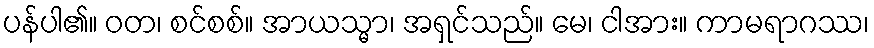
ပန်ပါ၏။ ဝတ၊ စင်စစ်။ အာယသ္မာ၊ အရှင်သည်။ မေ၊ ငါအား။ ကာမရာဂဿ၊